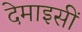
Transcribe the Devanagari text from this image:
देमाइसीं